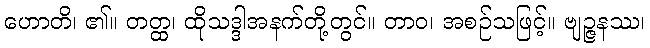
ဟောတိ၊ ၏။ တတ္ထ၊ ထိုသဒ္ဒါအနက်တို့တွင်။ တာဝ၊ အစဉ်သဖြင့်။ ဗျဉ္ဇနဿ၊